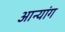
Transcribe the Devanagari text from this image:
आन्यांग